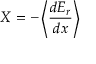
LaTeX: X = - \left\langle { \frac { d E _ { r } } { d x } } \right\rangle